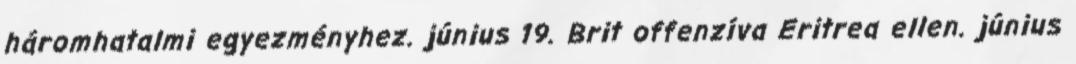
háromhatalmi egyezményhez. június 19. Brit offenzíva Eritrea ellen. június